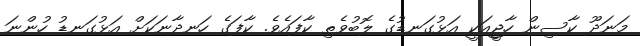
މަނަދޫ ކާސިން ހާޖީއަކީ އަޅުގަނޑުގެ ލޮބުވެތި ކާފައެވެ. ކާފަގެ ހަނދާނަކަށް އަޅުގަނޑު ހުންނަ